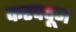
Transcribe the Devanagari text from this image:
करपवून